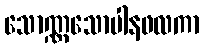
သောဏ္ဏသောပါနဖလကာ